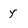
Character: y